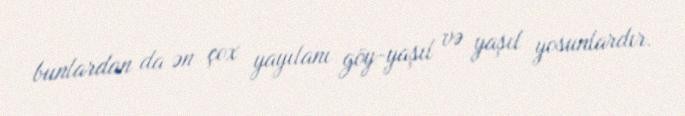
bunlardan da ən çox yayılanı göy-yaşıl və yaşıl yosunlardır.